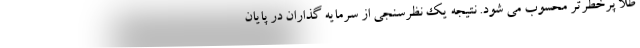
طلا پرخطرتر محسوب می شود. نتیجه یک نظرسنجی از سرمایه گذاران در پایان